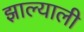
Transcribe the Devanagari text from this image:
झाल्याली